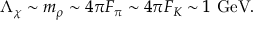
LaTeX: \Lambda _ { \chi } \sim m _ { \rho } \sim 4 \pi { F _ { \pi } } \sim 4 \pi { F _ { K } } \sim 1 \mathrm { ~ G e V } .